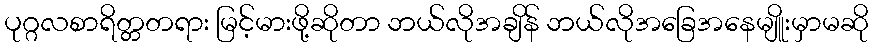
ပုဂ္ဂလစာရိတ္တတရား မြင့်မားဖို့ဆိုတာ ဘယ်လိုအချိန် ဘယ်လိုအခြေအနေမျိူးမှာမဆို